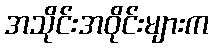
အသိုင်းအဝိုင်းများက